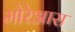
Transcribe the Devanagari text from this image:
मोरेआस